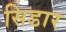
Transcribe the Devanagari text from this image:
सिडार